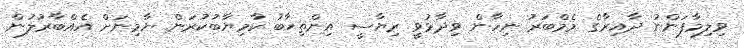
ވިލިމާފަންނު ދާއިރާގެ މެމްބަރު ނިހާން ވިދާޅުވީ ރިޔާސީ އިންތިޙާބު ކާމިޔާބުކުރަން ޔާމިނަށް އެއްބާރުލުން